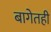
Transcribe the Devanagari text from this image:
बागेतही